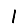
Digit: 1